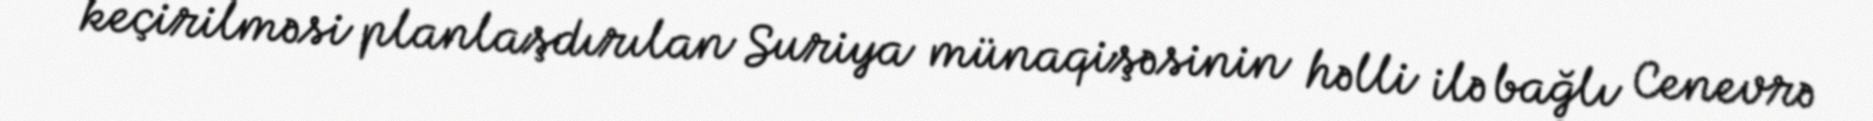
keçirilməsi planlaşdırılan Suriya münaqişəsinin həlli ilə bağlı Cenevrə